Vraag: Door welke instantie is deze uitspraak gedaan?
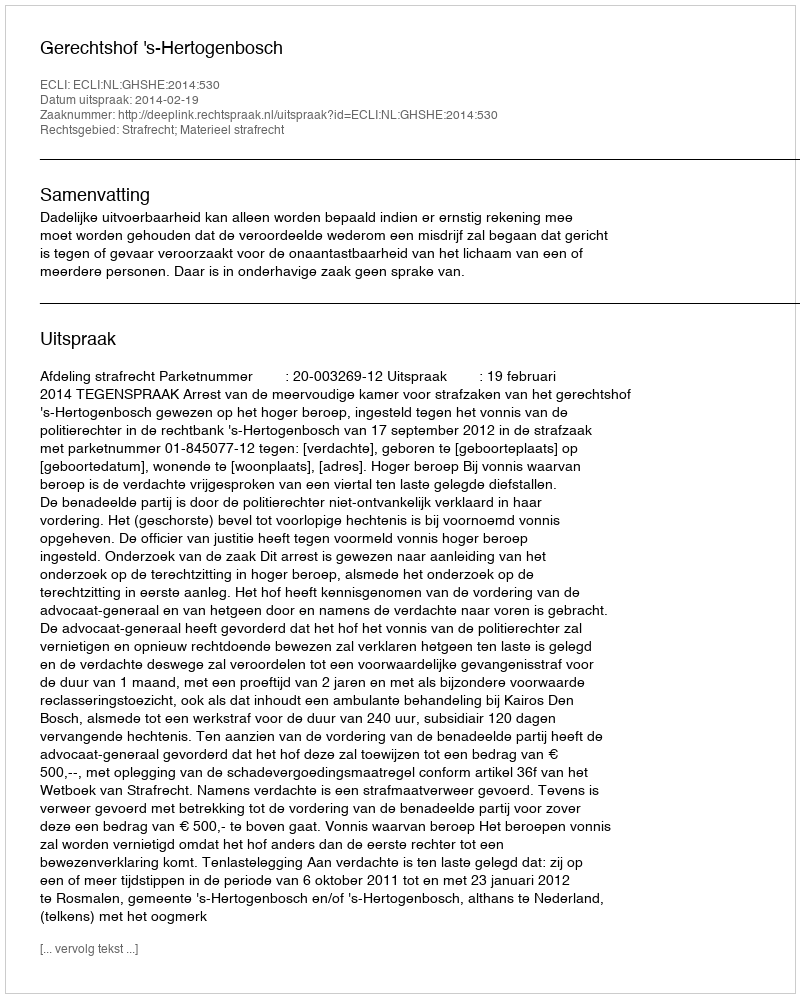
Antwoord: Gerechtshof 's-Hertogenbosch